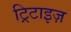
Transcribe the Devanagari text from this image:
ट्रिटाइज़